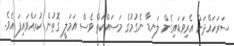
ސަރަހައްދަށް އެރިވަޑައިގެން ލަނޑާ ނެގުމުގެ މަސައްކަތް ވެސް އަމަލީ ގޮތުން ކުރައްވައިފަ އެވެ.